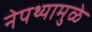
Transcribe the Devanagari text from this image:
नेपथ्यामुळे